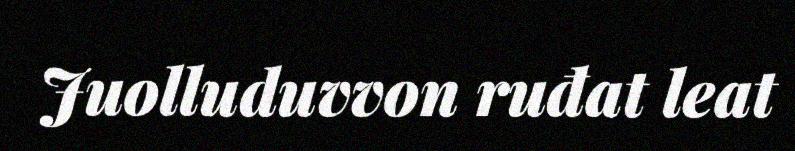
Juolluduvvon ruđat leat